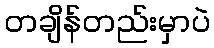
တချိန်တည်းမှာပဲ